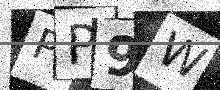
Text: PP9W